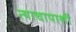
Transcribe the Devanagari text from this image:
त्याचापाशी